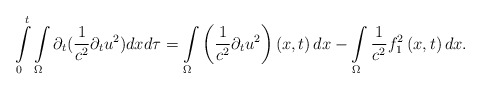
\begin{align*}\int\limits_{0}^{t}\int\limits_{\Omega}\partial _{t}( \frac{1}{c^2}\partial_t u^{2}) dxd\tau =\int\limits_{\Omega}\left( \frac{1}{c^2}\partial_t u^{2} \right) \left( x,t\right) dx -\int\limits_{\Omega} \frac{1}{c^2} f_{1}^{2} \left( x,t\right) dx.\end{align*}